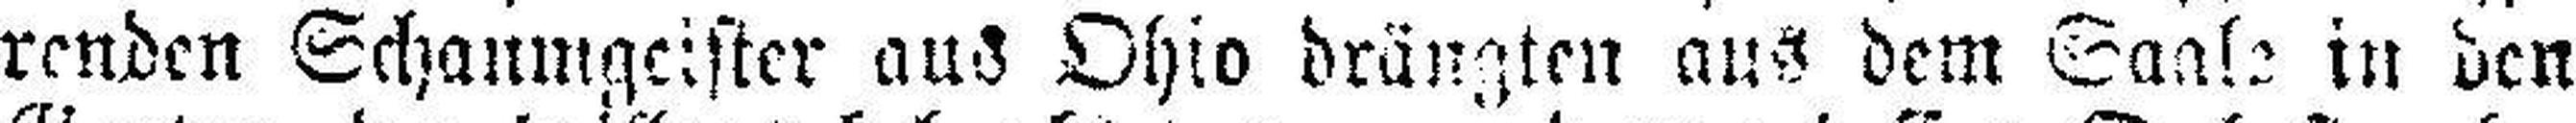
renden Schaumgeister aus Ohio drängten aus dem Saale in den